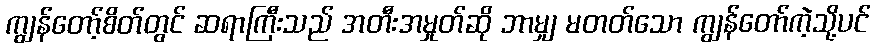
ကျွန်တော့်စိတ်တွင် ဆရာကြီးသည် အတီးအမှုတ်ဆို ဘာမျှ မတတ်သော ကျွန်တော်ကဲ့သို့ပင်